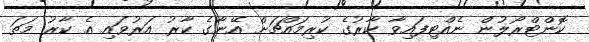
ކޮންޓްރޯލުން ނެއްޓިފައިވާ ކާރުގެ ކުރިމައްޗަށް އޭނާގެ ކާރު އަރުވައި އެ ކާރު މަތަ